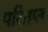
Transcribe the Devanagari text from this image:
परितप्त